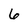
Character: 6